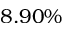
8 . 9 0 \%